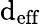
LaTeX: \mathrm{d}_{\mathrm{{eff}}}